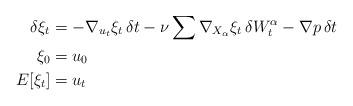
LaTeX: \begin{align*}\delta \xi_t &= -\nabla_{u_t}\xi_t \,\delta t - \nu\sum \nabla_{X_{\alpha}}\xi_t \,\delta W_t^{\alpha} - \nabla p \,\delta t \\ \xi_0 &= u_0 \\E[\xi_t] &= u_t \end{align*}